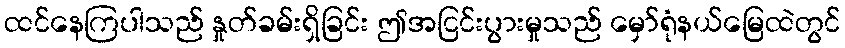
ထင်နေကြပါသည် နှုတ်ခမ်းရှိခြင်း ဤအငြင်းပွားမှုသည် မှော်ရုံနယ်မြေထဲတွင်